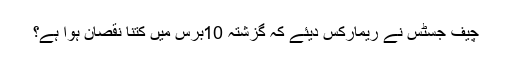
چیف جسٹس نے ریمارکس دیئے کہ گزشتہ 10برس میں کتنا نقصان ہوا ہے؟